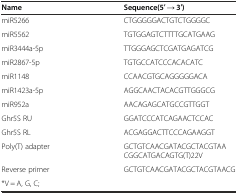
<table><thead><tr><td><b>Name</b></td><td><b>Sequence(5′ → 3′)</b></td></tr></thead><tbody><tr><td>miR5266</td><td>CTGGGGGACTGTCTGGGGC</td></tr><tr><td>miR5562</td><td>TGTGGAGTCTTTTGCATGAAG</td></tr><tr><td>miR3444a-5p</td><td>TTGGGAGCTCGATGAGATCG</td></tr><tr><td>miR2867-5p</td><td>TGTGCCATCCCACACATC</td></tr><tr><td>miR1148</td><td>CCAACGTGCAGGGGGACA</td></tr><tr><td>miR1423a-5p</td><td>AGGCAACTACACGTTGGGCG</td></tr><tr><td>miR952a</td><td>AACAGAGCATGCCGTTGGT</td></tr><tr><td>Ghr5S RU</td><td>GGATCCCATCAGAACTCCAC</td></tr><tr><td>Ghr5S RL</td><td>ACGAGGACTTCCCAGAAGGT</td></tr><tr><td>Poly(T) adapter</td><td>GCTGTCAACGATACGCTACGTAACGGCATGACAGTG(T)22V</td></tr><tr><td>Reverse primer</td><td>GCTGTCAACGATACGCTACGTAACG</td></tr><tr><td colspan="2">*V = A, G, C;</td></tr></tbody></table>